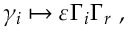
\gamma _ { i } \mapsto \varepsilon \Gamma _ { i } \Gamma _ { r } ~ ,